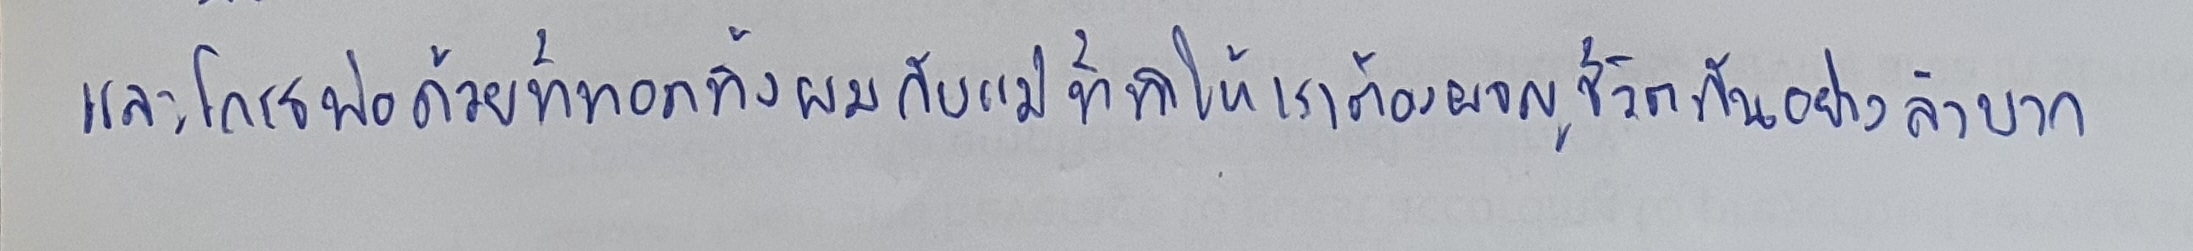
และโกรธพ่อด้วยที่ทอดทิ้งผมกับแม่ที่ทำให้เราต้องผจญชีวิตกันอย่างลำบาก